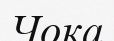
Чока